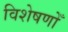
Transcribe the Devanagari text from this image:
विशेषणोँ